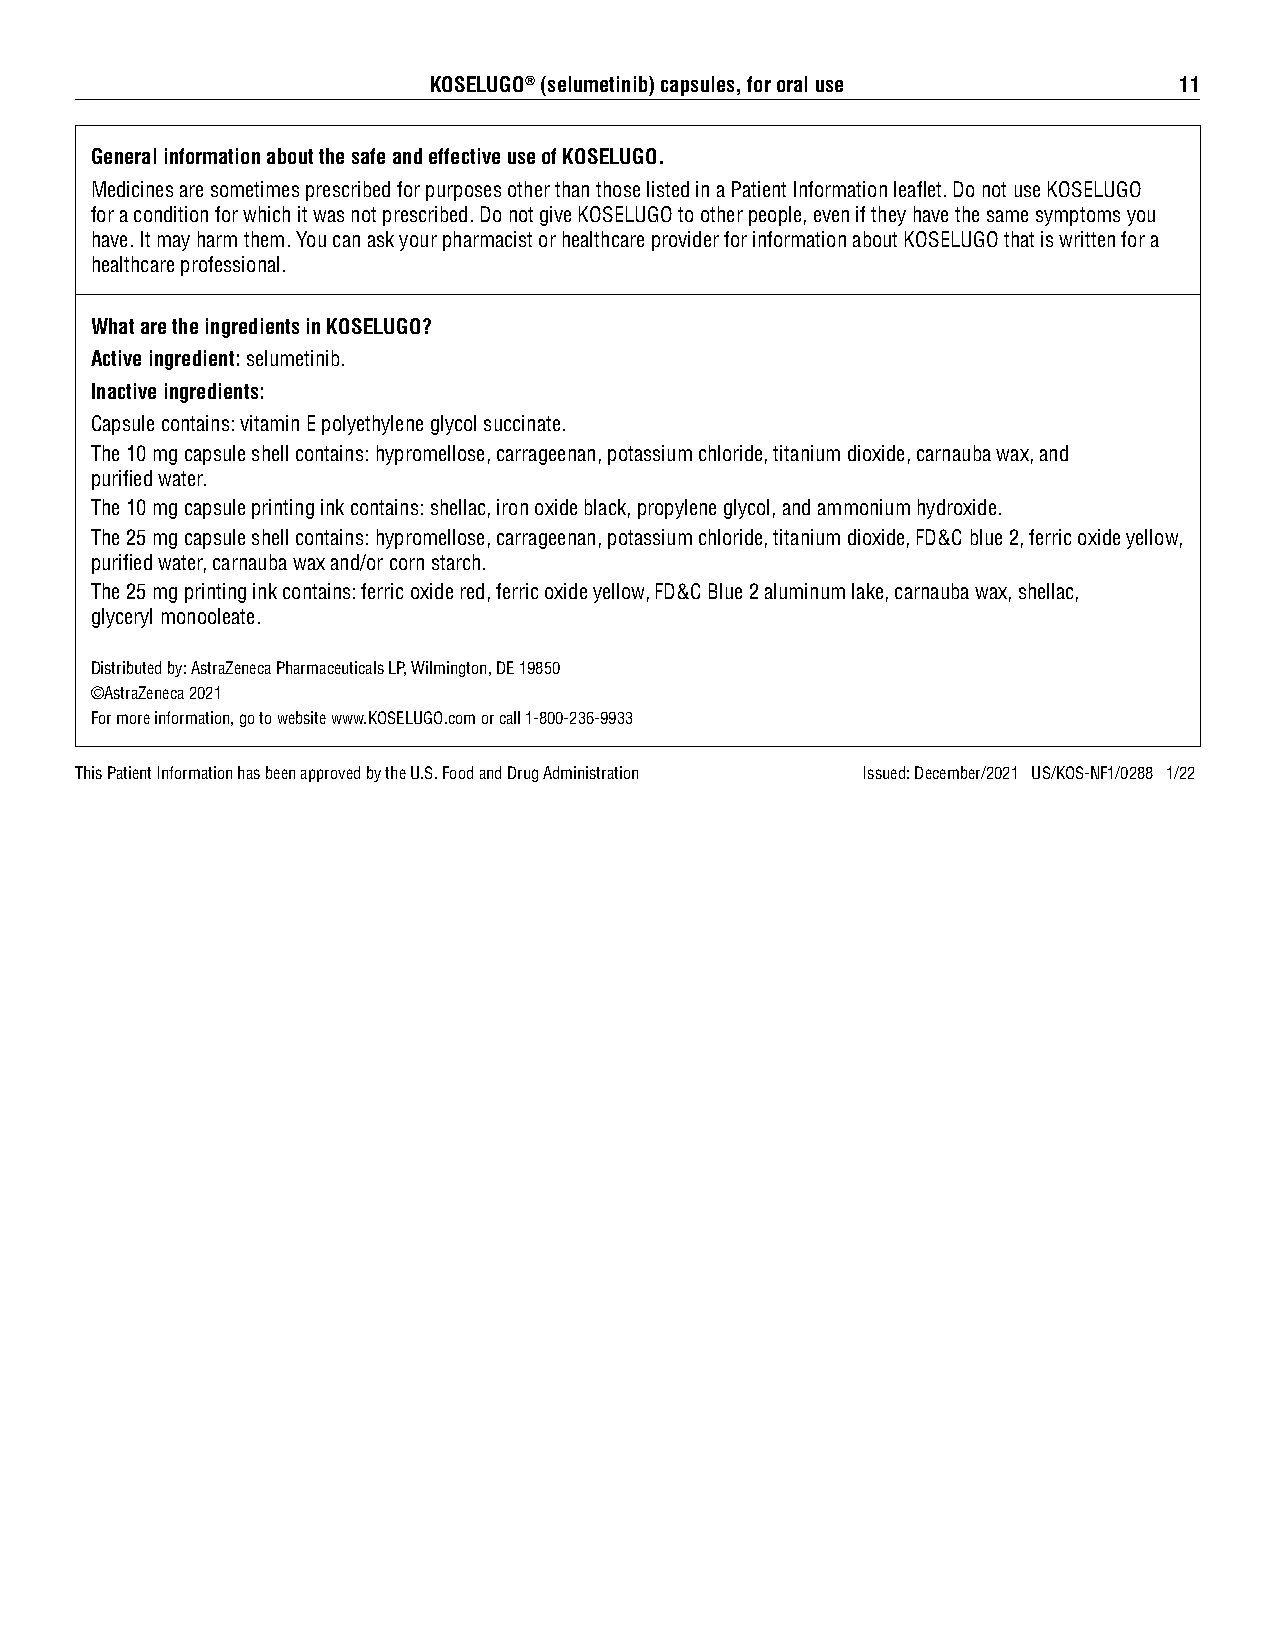
KOSELUGO® (selumetinib) capsules, for oral use    11
 General information about the safe and effective use of KOSELUGO.
 Medicines are sometimes prescribed for purposes other than those listed in a Patient Information leaflet. Do not use KOSELUGO
 for a condition for which it was not prescribed. Do not give KOSELUGO to other people, even if they have the same symptoms you
 have. It may harm them. You can ask your pharmacist or healthcare provider for information about KOSELUGO that is written for a
 healthcare professional.
 What are the ingredients in KOSELUGO?
 Active ingredient: selumetinib.
 Inactive ingredients:
 Capsule contains: vitamin E polyethylene glycol succinate.
 The 10 mg capsule shell contains: hypromellose, carrageenan, potassium chloride, titanium dioxide, carnauba wax, and
 purified water.
 The 10 mg capsule printing ink contains: shellac, iron oxide black, propylene glycol, and ammonium hydroxide.
 The 25 mg capsule shell contains: hypromellose, carrageenan, potassium chloride, titanium dioxide, FD&C blue 2, ferric oxide yellow,
 purified water, carnauba wax and/or corn starch.
 The 25 mg printing ink contains: ferric oxide red, ferric oxide yellow, FD&C Blue 2 aluminum lake, carnauba wax, shellac,
 glyceryl monooleate.
 Distributed by: AstraZeneca Pharmaceuticals LP, Wilmington, DE 19850
 ©AstraZeneca 2021
 For more information, go to website www.KOSELUGO.com or call 1-800-236-9933
 This Patient Information has been approved by the U.S. Food and Drug Administration Issued: December/2021 US/KOS-NF1/0288 1/22